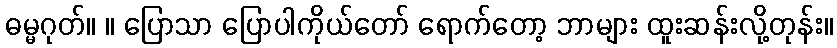
ဓမ္မဂုတ်။ ။ ပြောသာ ပြောပါကိုယ်တော် ရောက်တော့ ဘာများ ထူးဆန်းလို့တုန်း။